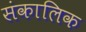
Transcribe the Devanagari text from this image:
संकालिक